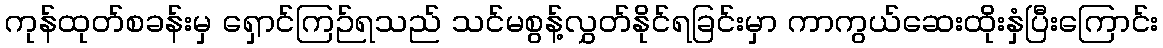
ကုန်ထုတ်စခန်းမှ ရှောင်ကြဉ်ရသည် သင်မစွန့်လွှတ်နိုင်ရခြင်းမှာ ကာကွယ်ဆေးထိုးနှံပြီးကြောင်း